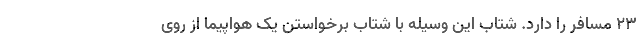
۲۳ مسافر را دارد. شتاب این وسیله با شتاب برخواستن یک هواپیما از روی